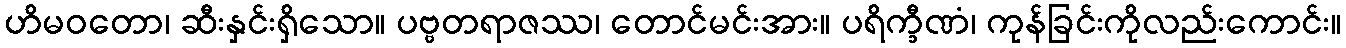
ဟိမဝတော၊ ဆီးနှင်းရှိသော။ ပဗ္ဗတရာဇဿ၊ တောင်မင်းအား။ ပရိက္ခီဏံ၊ ကုန်ခြင်းကိုလည်းကောင်း။